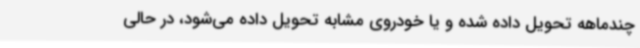
چندماهه تحویل داده شده و یا خودروی مشابه تحویل داده می‌شود، در حالی